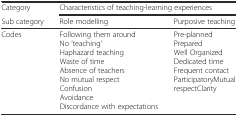
| Category | <COLSPAN=2> Characteristics of teaching-learning experiences |
 | Sub category | Role modelling | Purposive teaching |
 | --- | --- | --- |
 | Codes | Following them aroundNo ‘teaching’Haphazard teachingWaste of timeAbsence of teachersNo mutual respectConfusionAvoidanceDiscordance with expectations | Pre-plannedPreparedWell OrganizedDedicated timeFrequent contactParticipatoryMutual respectClarity |